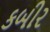
કબીર